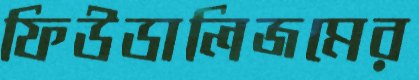
ফিউডালিজমের